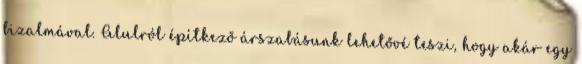
bizalmával. Alulról építkező árszabásunk lehetővé teszi, hogy akár egy